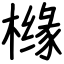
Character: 橼